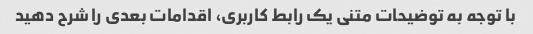
با توجه به توضیحات متنی یک رابط کاربری، اقدامات بعدی را شرح دهید